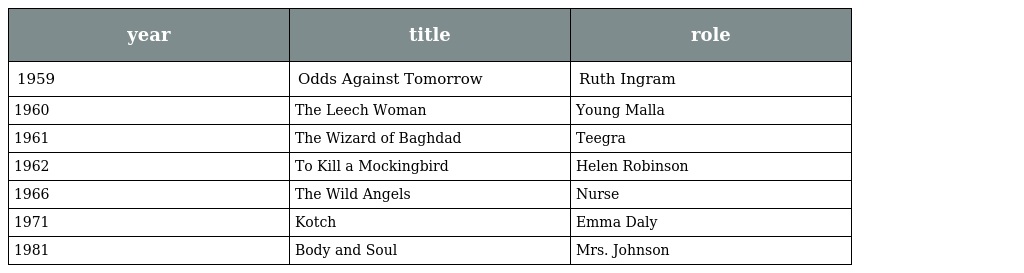
| year | title | role |
 | --- | --- | --- |
 | 1959 | Odds Against Tomorrow | Ruth Ingram |
 | 1960 | The Leech Woman | Young Malla |
 | 1961 | The Wizard of Baghdad | Teegra |
 | 1962 | To Kill a Mockingbird | Helen Robinson |
 | 1966 | The Wild Angels | Nurse |
 | 1971 | Kotch | Emma Daly |
 | 1981 | Body and Soul | Mrs. Johnson |